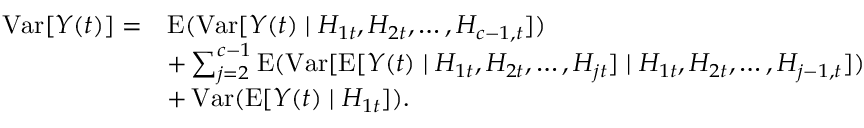
{ \begin{array} { r l } { \operatorname { V a r } [ Y ( t ) ] = } & { \operatorname { E } ( \operatorname { V a r } [ Y ( t ) \mid H _ { 1 t } , H _ { 2 t } , \ldots , H _ { c - 1 , t } ] ) } \\ & { + \sum _ { j = 2 } ^ { c - 1 } \operatorname { E } ( \operatorname { V a r } [ \operatorname { E } [ Y ( t ) \mid H _ { 1 t } , H _ { 2 t } , \ldots , H _ { j t } ] \mid H _ { 1 t } , H _ { 2 t } , \ldots , H _ { j - 1 , t } ] ) } \\ & { + \operatorname { V a r } ( \operatorname { E } [ Y ( t ) \mid H _ { 1 t } ] ) . } \end{array} }